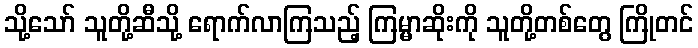
သို့သော် သူတို့ဆီသို့ ရောက်လာကြသည့် ကြမ္မာဆိုးကို သူတို့တစ်တွေ ကြိုတင်